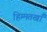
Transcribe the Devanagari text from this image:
हिम्मतखाँ